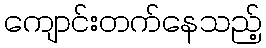
ကျောင်းတက်နေသည့်